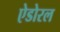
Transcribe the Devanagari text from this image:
ऐडोरल